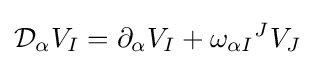
{\mathcal {D}}_{\alpha }V_{I}=\partial _{\alpha }V_{I}+{\omega _{\alpha I}}^{J}V_{J}